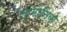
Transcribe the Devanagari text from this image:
जामोनिया